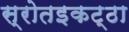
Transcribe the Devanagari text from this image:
स्रोतइकट्ठा